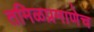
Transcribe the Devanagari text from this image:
तमिळप्रमाणेच